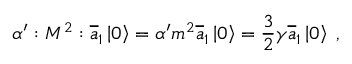
\alpha ^ { \prime } : { \cal M } ^ { 2 } : \overline { { { a } } } _ { 1 } \left| 0 \right\rangle = \alpha ^ { \prime } { \sl m } ^ { 2 } \overline { { { a } } } _ { 1 } \left| 0 \right\rangle = \frac 3 2 \gamma \overline { { { a } } } _ { 1 } \left| 0 \right\rangle \; ,